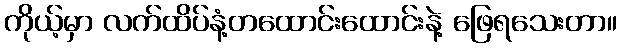
ကိုယ့်မှာ လက်ထိပ်နံ့တထောင်းထောင်းနဲ့ ဖြေရသေးတာ။